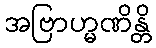
အဗြာဟ္မဏိန္တိ